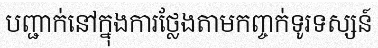
បញ្ជាក់នៅក្នុងការថ្លែងតាមកញ្ចក់ទូរទស្សន៍